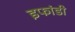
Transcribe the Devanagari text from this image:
इफांडी